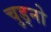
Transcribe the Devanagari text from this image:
चुड्नो